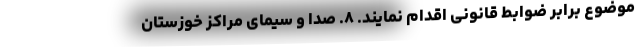
موضوع برابر ضوابط قانونی اقدام نمایند. ۸. صدا و سیمای مراکز خوزستان